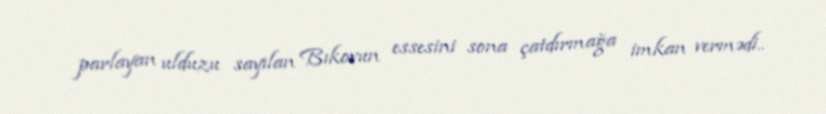
parlayan ulduzu sayılan Bıkovun essesini sona çatdırmağa imkan vermədi..